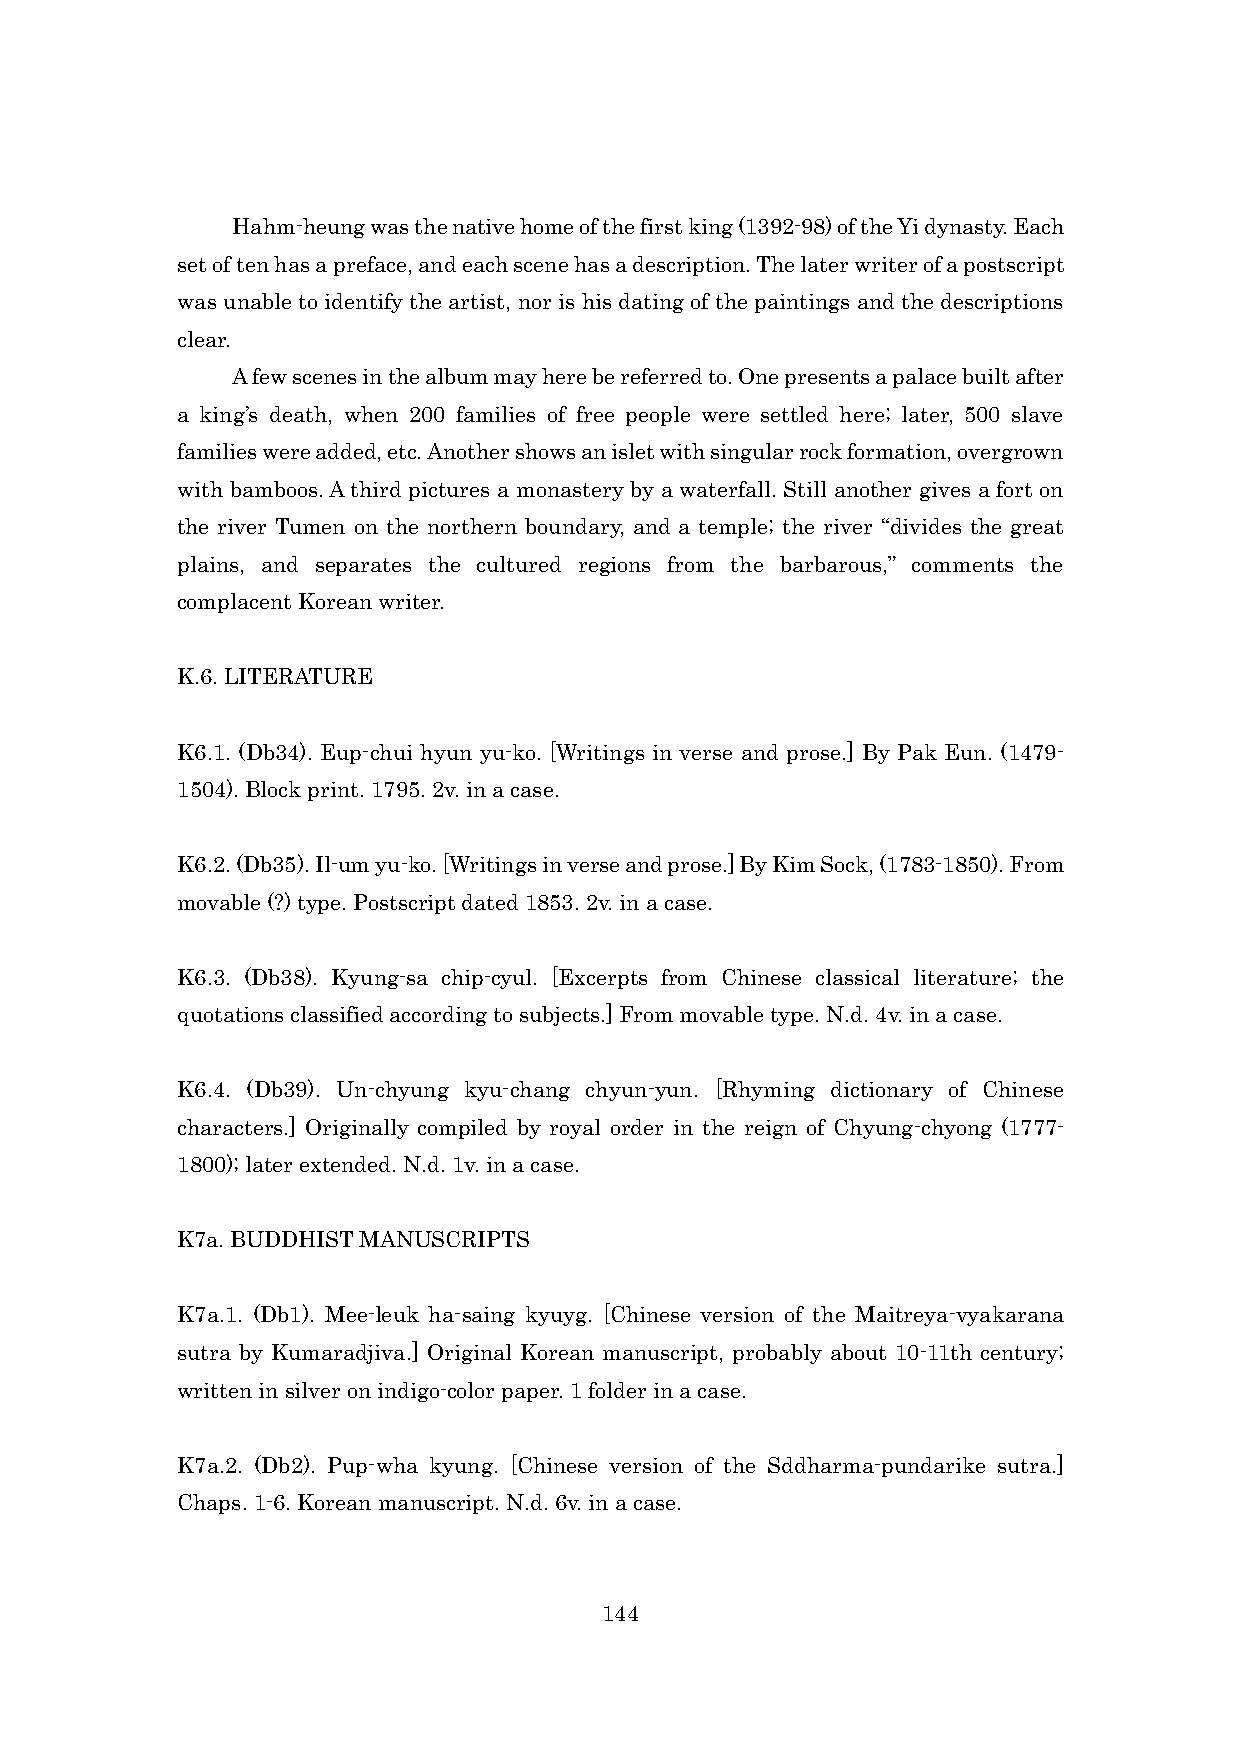
Hahm-heung was the native home of the first king (1392-98) of the Yi dynasty. Each
 set of ten has a preface, and each scene has a description. The later writer of a postscript
 was unable to identify the artist, nor is his dating of the paintings and the descriptions
 clear.
 A few scenes in the album may here be referred to. One presents a palace built after
 a king’s death, when 200 families of free people were settled here; later, 500 slave
 families were added, etc. Another shows an islet with singular rock formation, overgrown
 with bamboos. A third pictures a monastery by a waterfall. Still another gives a fort on
 the river Tumen on the northern boundary, and a temple; the river “divides the great
 plains, and separates the cultured regions from the barbarous,” comments the
 complacent Korean writer.
 K.6. LITERATURE
 K6.1. (Db34). Eup-chui hyun yu-ko. [Writings in verse and prose.] By Pak Eun. (1479-
 1504). Block print. 1795. 2v. in a case.
 K6.2. (Db35). Il-um yu-ko. [Writings in verse and prose.] By Kim Sock, (1783-1850). From
 movable (?) type. Postscript dated 1853. 2v. in a case.
 K6.3. (Db38). Kyung-sa chip-cyul. [Excerpts from Chinese classical literature; the
 quotations classified according to subjects.] From movable type. N.d. 4v. in a case.
 K6.4. (Db39). Un-chyung kyu-chang chyun-yun. [Rhyming dictionary of Chinese
 characters.] Originally compiled by royal order in the reign of Chyung-chyong (1777-
 1800); later extended. N.d. 1v. in a case.
 K7a. BUDDHIST MANUSCRIPTS
 K7a.1. (Db1). Mee-leuk ha-saing kyuyg. [Chinese version of the Maitreya-vyakarana
 sutra by Kumaradjiva.] Original Korean manuscript, probably about 10-11th century;
 written in silver on indigo-color paper. 1 folder in a case.
 K7a.2. (Db2). Pup-wha kyung. [Chinese version of the Sddharma-pundarike sutra.]
 Chaps. 1-6. Korean manuscript. N.d. 6v. in a case.
 144